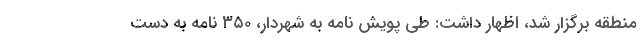
منطقه برگزار شد، اظهار داشت: طی پویش نامه به شهردار، ۳۵۰ نامه به دست